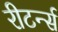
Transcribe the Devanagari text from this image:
रीटर्न्स